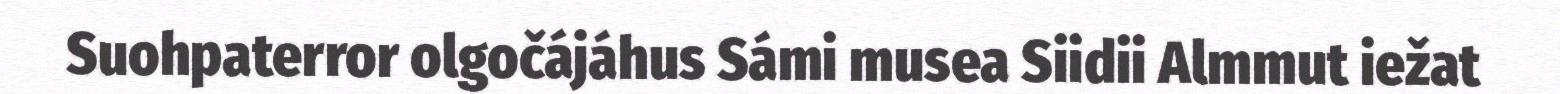
Suohpaterror olgočájáhus Sámi musea Siidii Almmut iežat